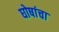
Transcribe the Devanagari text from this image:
घोषांचा